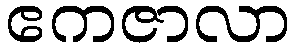
ဧကဇာလာ